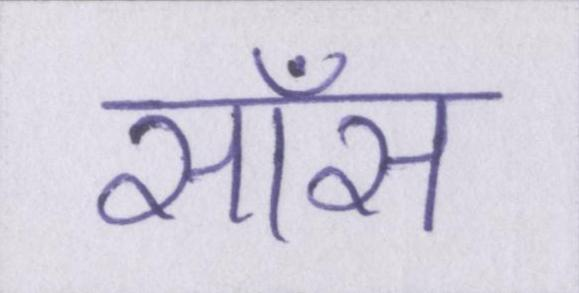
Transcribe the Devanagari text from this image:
साँस